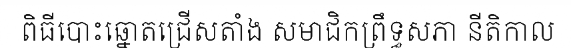
ពិធីបោះឆ្នោតជ្រើសតាំង សមាជិកព្រឹទ្ធសភា នីតិកាល